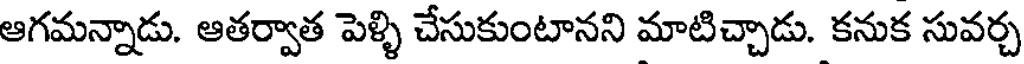
ఆగమన్నాడు. ఆతర్వాత పెళ్ళి చేసుకుంటానని మాటిచ్చాడు. కనుక సువర్చ